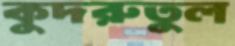
কুদরুতুল